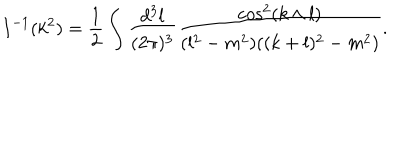
LaTeX: I ^ { - 1 } ( k ^ { 2 } ) = \frac 1 2 \int \frac { d ^ { 3 } l } { ( 2 \pi ) ^ { 3 } } \frac { \cos ^ { 2 } ( k \wedge l ) } { ( l ^ { 2 } - m ^ { 2 } ) ( ( k + l ) ^ { 2 } - m ^ { 2 } ) } .